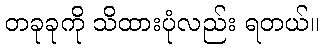
တခုခုကို သိထားပုံလည်း ရတယ်။